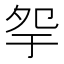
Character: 𡖏